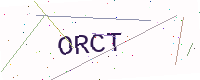
Text: ORCT